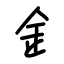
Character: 釒